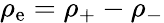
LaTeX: \rho_{\mathrm{e}}=\rho_{+}-\rho_{-}